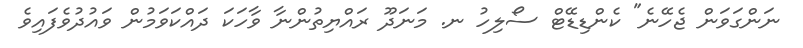
ނަންގަވަން ޖެހޭނެ" ކެންޑިޑޭޓް ސޯލިހު ނ. މަނަދޫ ރައްޔިތުންނާ ވާހަކަ ދައްކަވަމުން ވައުދުވެފައިވެ